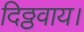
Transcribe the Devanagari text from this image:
दिठ्ठवाय।